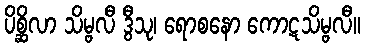
ပိစ္ဆိလာ သိမ္ဗလီ ဒွီသု၊ ရောစနော ကောဋသိမ္ဗလီ။